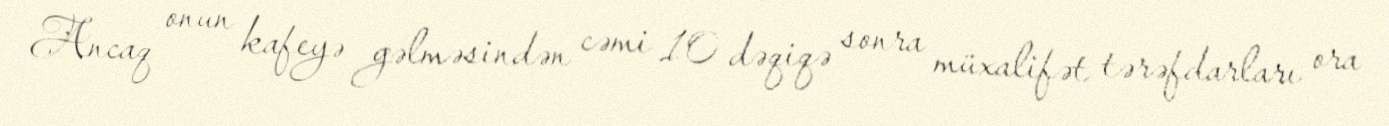
Ancaq onun kafeyə gəlməsindən cəmi 10 dəqiqə sonra müxalifət tərəfdarları ora